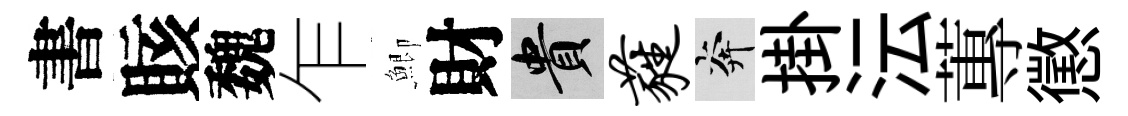
書賅魏乍鯽財貴蕤奔掛沄蓴懲